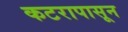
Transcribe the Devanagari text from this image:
कटरापासून